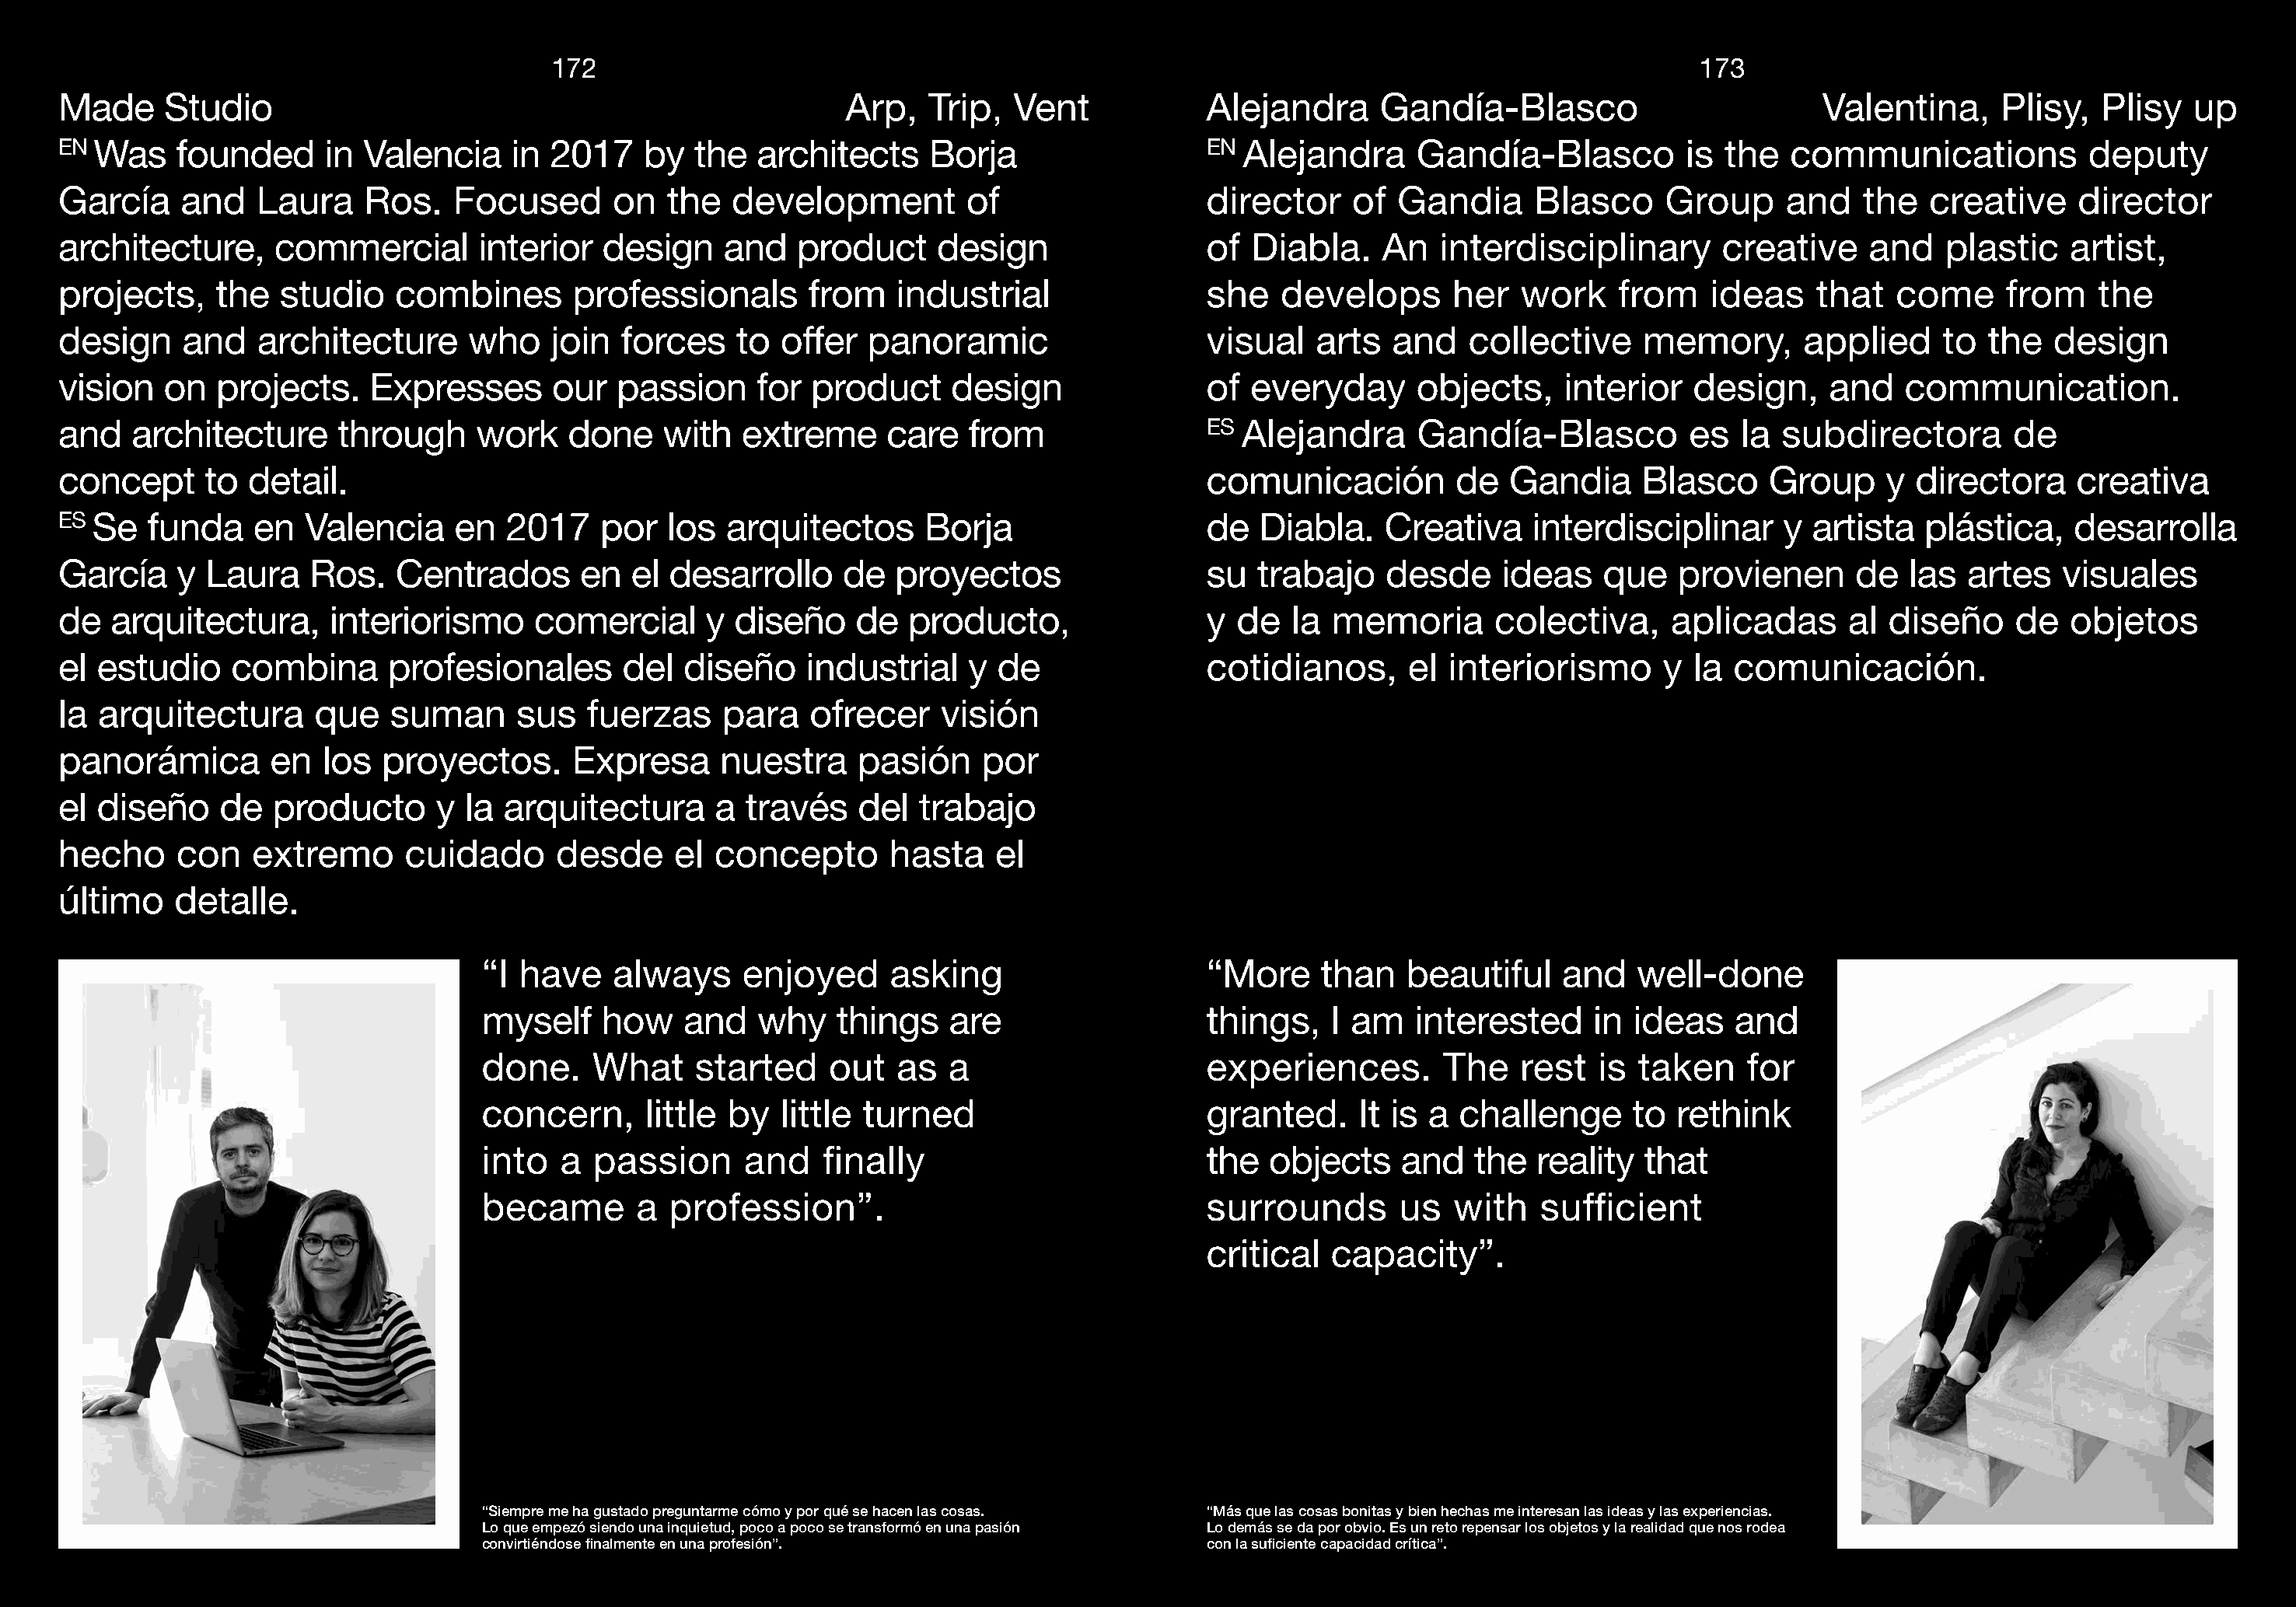
111777222                                                                                         117733
 Made     Studio                                                    Arp,   Trip,  Vent             Alejandra     Gandía-Blasco                         Valentina,     Plisy,   Plisy   up
 EN Was    founded      in Valencia     in 2017    by  the  architects     Borja                   EN Alejandra      Gandía-Blasco          is the  communications            deputy
 García    and    Laura    Ros.    Focused      on   the  development         of                   director    of  Gandia      Blasco     Group     and    the  creative     director
 architecture,     commercial        interior  design     and   product     design                 of  Diabla.    An   interdisciplinary       creative    and    plastic   artist,
 projects,    the   studio    combines       professionals       from   industrial                 she   develops       her  work     from    ideas    that  come      from    the
 design     and   architecture      who    join  forces    to offer   panoramic                    visual   arts   and   collective     memory,       applied    to  the   design
 vision   on  projects.    Expresses       our  passion     for  product     design                of everyday       objects,    interior   design,     and   communication.
 and   architecture      through     work   done    with   extreme     care   from                 ES Alejandra      Gandía-Blasco          es  la  subdirectora       de
 concept     to  detail.                                                                           comunicación         de  Gandia      Blasco     Group     y directora     creativa
 ES Se   funda    en  Valencia     en  2017    por   los  arquitectos      Borja                   de  Diabla.    Creativa    interdisciplinar      y artista   plástica,    desarrolla
 García    y Laura    Ros.    Centrados      en   el desarrollo     de  proyectos                  su  trabajo    desde     ideas   que    provienen      de   las artes    visuales
 de  arquitectura,      interiorismo     comercial      y  diseño    de  producto,                 y de   la memoria       colectiva,     aplicadas      al  diseño     de  objetos
 el estudio     combina      profesionales       del  diseño     industrial   y  de                cotidianos,      el interiorismo       y la  comunicación.
 la arquitectura       que   suman      sus   fuerzas    para    ofrecer    visión
 panorámica        en  los   proyectos.      Expresa     nuestra     pasión     por
 el diseño     de  producto      y  la arquitectura      a través    del  trabajo
 hecho     con   extremo      cuidado      desde     el  concepto       hasta    el
 último    detalle.
 “I have    always     enjoyed      asking                     “More    than    beautiful    and   well-done
 myself    how    and   why    things    are                   things,   I am   interested      in ideas    and
 done.    What     started     out  as   a                     experiences.        The   rest   is taken     for
 concern,      little by  little turned                        granted.     It is a challenge      to  rethink
 into   a passion      and    finally                          the  objects    and    the  reality  that
 became       a  profession”.                                  surrounds       us   with   sufficient
 critical  capacity”.
 “Siempre me ha gustado preguntarme cómo y por qué se hacen las cosas. “Más que las cosas bonitas y bien hechas me interesan las ideas y las experiencias.
 Lo que empezó siendo una inquietud, poco a poco se transformó en una pasión Lo demás se da por obvio. Es un reto repensar los objetos y la realidad que nos rodea
 convirtiéndose finalmente en una profesión”.                  con la suficiente capacidad crítica”.